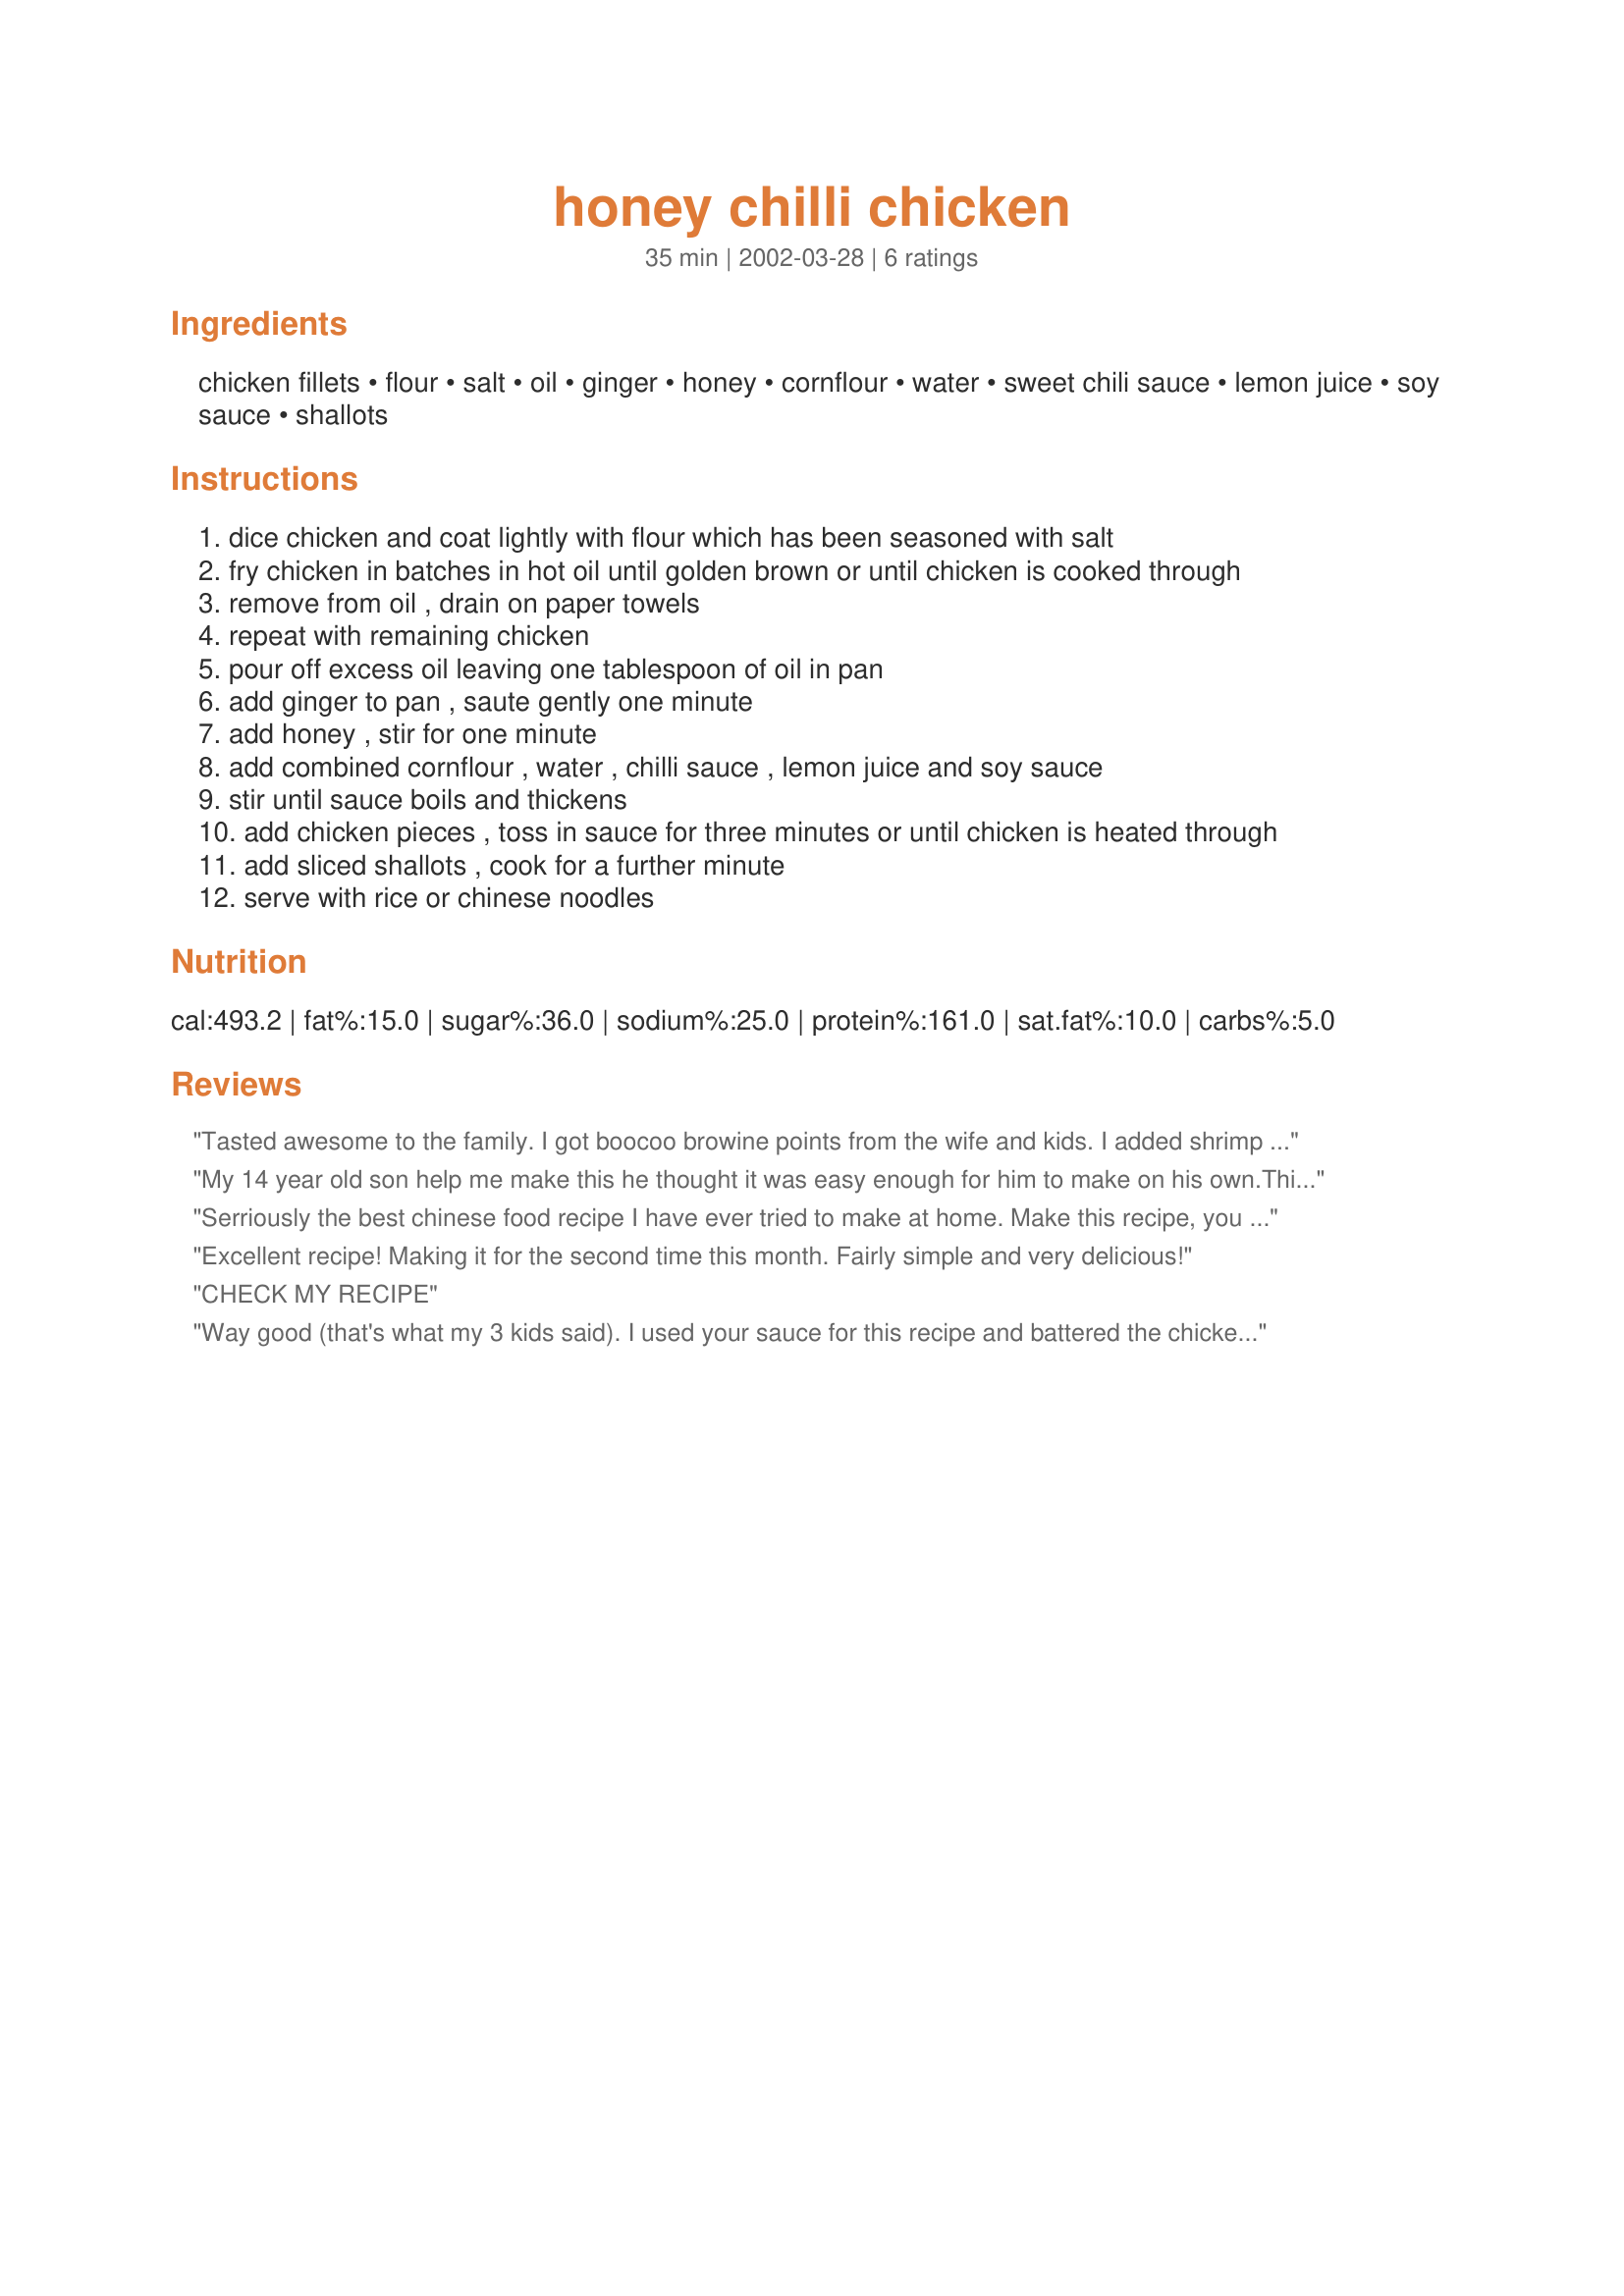
honey chilli chicken
Preparation time: 35 minutes

Ingredients:
chicken fillets, flour, salt, oil, ginger, honey, cornflour, water, sweet chili sauce, lemon juice, soy sauce, shallots

Steps:
dice chicken and coat lightly with flour which has been seasoned with salt
fry chicken in batches in hot oil until golden brown or until chicken is cooked through
remove from oil , drain on paper towels
repeat with remaining chicken
pour off excess oil leaving one tablespoon of oil in pan
add ginger to pan , saute gently one minute
add honey , stir for one minute
add combined cornflour , water , chilli sauce , lemon juice and soy sauce
stir until sauce boils and thickens
add chicken pieces , toss in sauce for three minutes or until chicken is heated through
add sliced shallots , cook for a further minute
serve with rice or chinese noodles

Reviews:
Tasted awesome to the family. I got boocoo browine points from the wife and kids. I added shrimp and it set it off even more. Made three times this month by request. Thanx Sueie for the recipe b/c its a keeper.<br/>Joe
My 14 year old son help me make this he thought it was easy enough for him to make on his own.This is is his new favorite dish,he absoultly loves it. I thought it was very delisious! Thanks for shraring!
Serriously the best chinese food recipe I have ever tried to make at home. Make this recipe, you will not be sorry. Futhermore, you will want to make this sauce and just put it on everything! It makes a great wing sauce.
Excellent recipe! Making it for the second time this month. Fairly simple and very delicious!
CHECK MY RECIPE
Way good (that's what my 3 kids said). I used your sauce for this recipe and battered the chicken. Easy and tasty sauce - the whole family loved it - I made it almost to the recipe (didn't have the shallots/scallions). A good recipe that I will use again!
